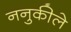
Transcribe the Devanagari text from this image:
ननुकीले